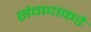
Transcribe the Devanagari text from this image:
संवादाकडे